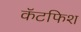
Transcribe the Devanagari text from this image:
कॅटफिश